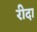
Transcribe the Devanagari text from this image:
रीदा